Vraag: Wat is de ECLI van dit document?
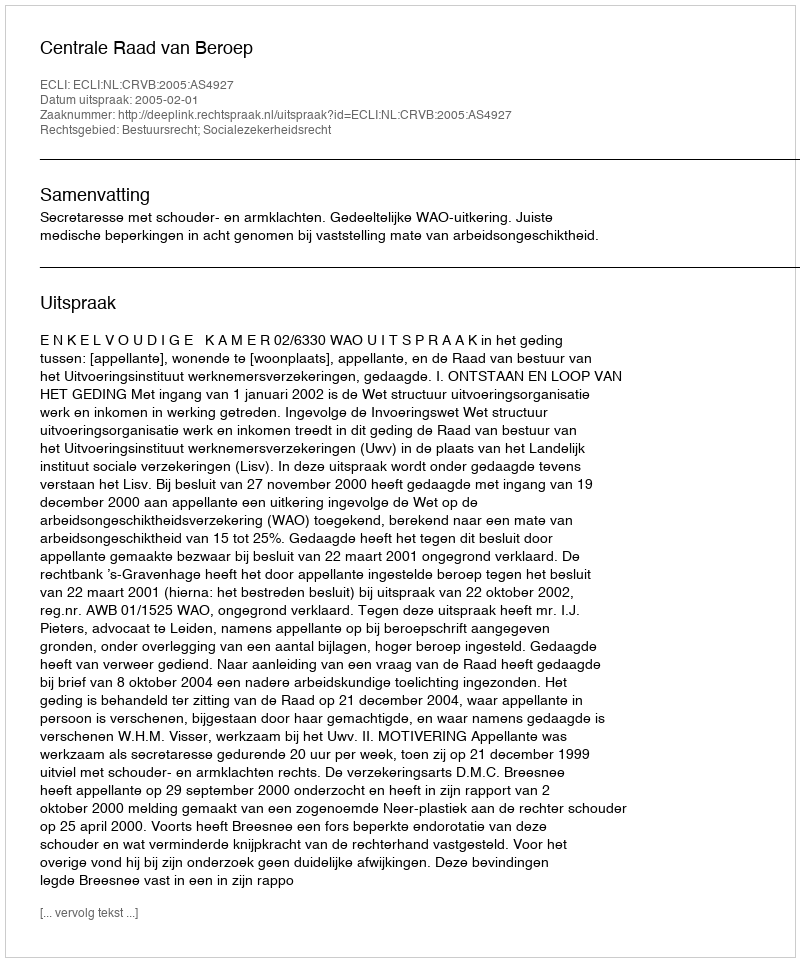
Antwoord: ECLI:NL:CRVB:2005:AS4927